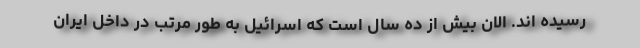
رسیده اند. الان بیش از ده سال است که اسرائیل به طور مرتب در داخل ایران